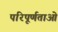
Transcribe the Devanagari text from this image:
परिपूर्णताओं